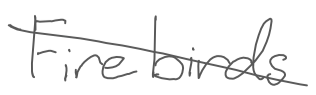
Text: Firebirds
Cross-out: diagonal
Writing tool: digital_gray